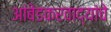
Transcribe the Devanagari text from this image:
आंबेडकरवाद्यांचे